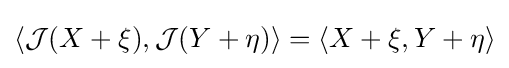
\langle {\mathcal {J}}(X+\xi ),{\mathcal {J}}(Y+\eta )\rangle =\langle X+\xi ,Y+\eta \rangle